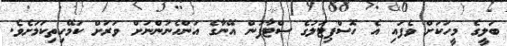
ބަލީގެ މީހަކަށް ވެފައި އެ ހޮސްޕިޓަލުގެ ސްޓާފުން އޭނާގެ އަންހެނުންނަށް ވަރަށް ކަމޭހިތިކަމަށެވެ.